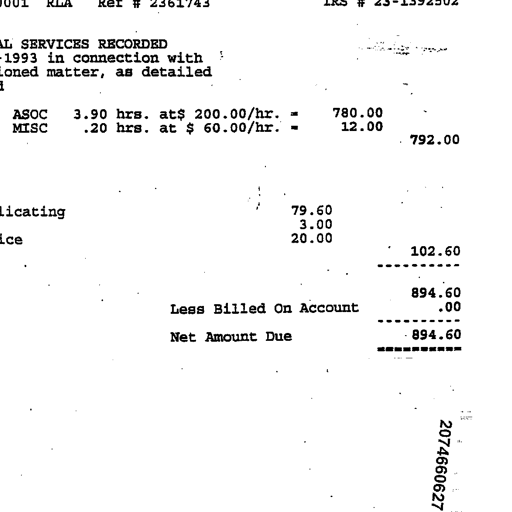
0001 RLA Ref # 2361743 IRS # 23-1392502

AL SERVICES RECORDED
1993 in connection with
ioned matter, as detailed

ASOC 3.90 hrs. at$ 200.00/hr. = 780.00
MISC .20 hrs. at $ 60.00/hr. = 12.00
792.00

licating 79.60
3.00
ice 20.00
102.60
----------
894.60
Less Billed On Account .00
----------
Net Amount Due 894.60
==========

2074660627